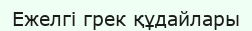
Ежелгі грек құдайлары